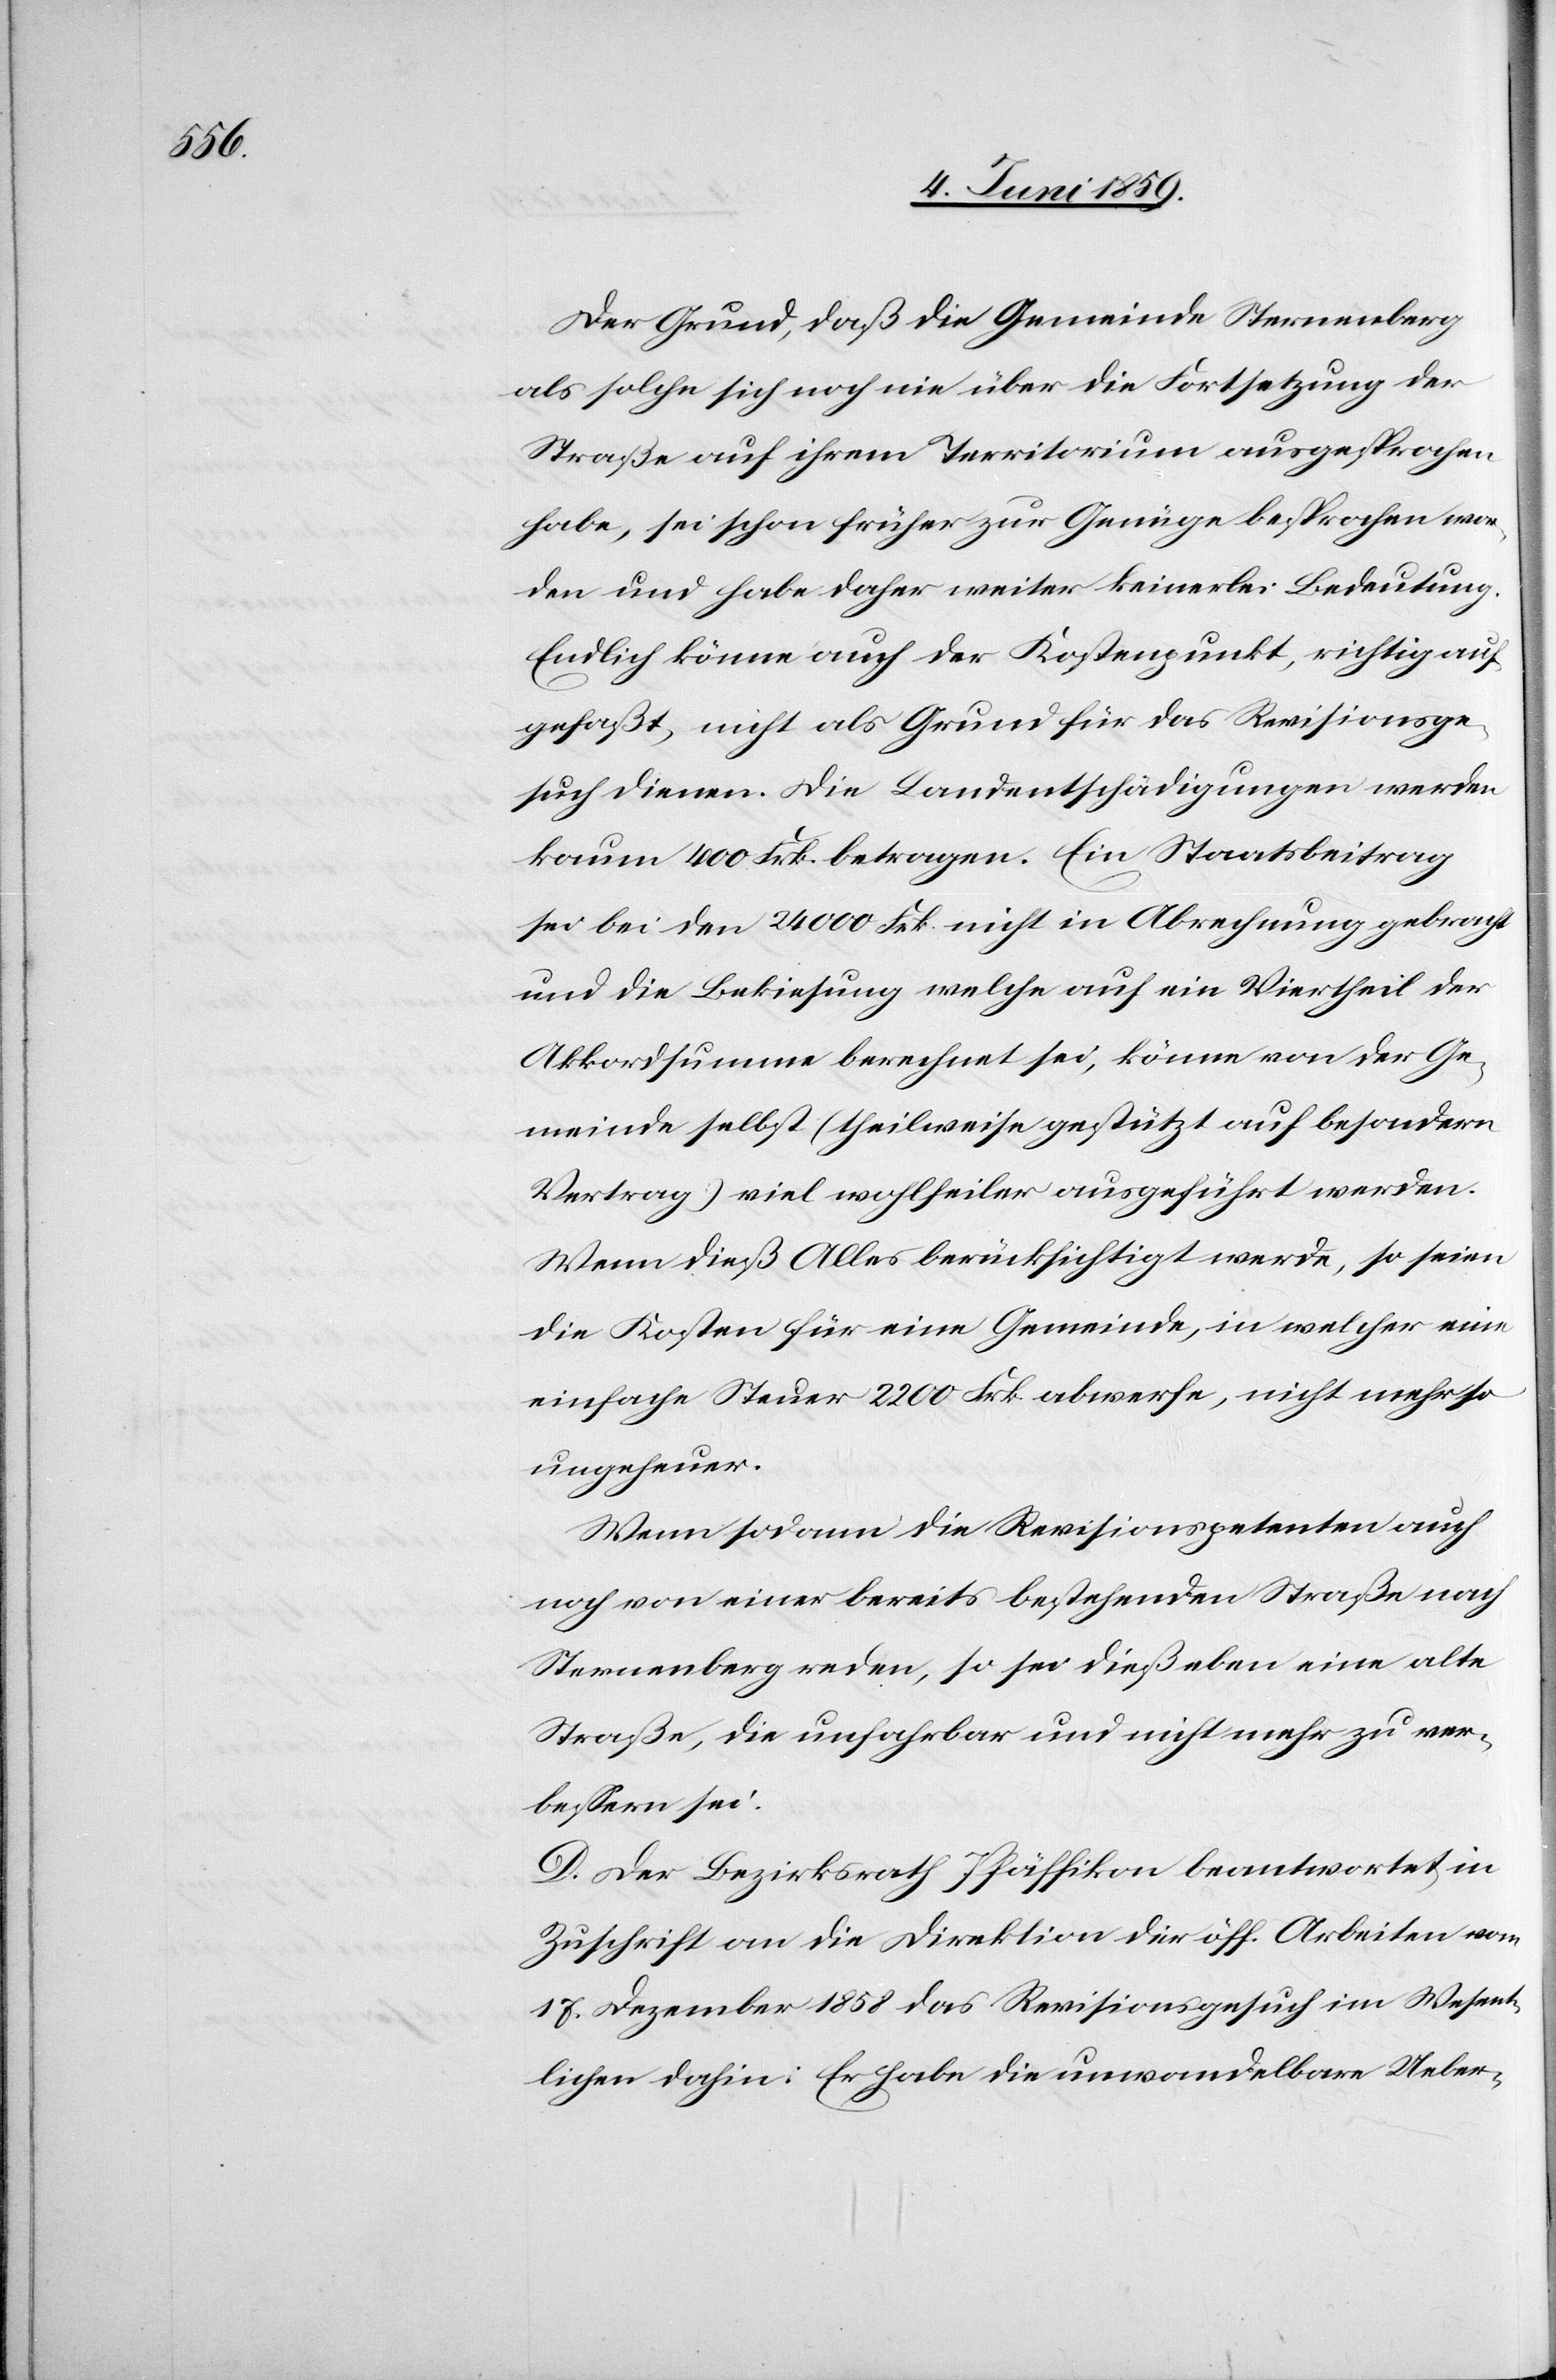
Der Grund, daß die Gemeinde Sternenberg
als solche sich noch nie über die Fortsetzung der
Straße auf ihrem Territorium ausgesprochen
habe, sei schon früher zur Genüge besprochen wor¬
den und habe daher weiter keinerlei Bedeutung.
Endlich könne auch der Kostenpunkt, richtig auf¬
gefaßt, nicht als Grund für das Revisionsge¬
such dienen. Die Landentschädigungen werden
kaum 400 Frk. betragen. Ein Staatsbeitrag
sei bei den 24 000 Frk. nicht in Abrechnung gebracht
und die Bekiesung welche auf ein Viertheil der
Akkordsumme berechnet sei, könne von der Ge¬
meinde selbst (theilweise gestützt auf besondern
Vertrag) viel wohlfeiler ausgeführt werden.
Wenn dieß Alles berücksichtigt werde, so seien
die Kosten für eine Gemeinde, in welcher eine
einfache Steuer 2200 Frk abwerfe, nicht mehr so
ungeheuer.
Wenn sodann die Revisionspetenten auch
noch von einer bereits bestehenden Straße nach
Sternenberg reden, so sei dieß eben eine alte
Straße, die unfahrbar und nicht mehr zu ver¬
bessern sei.
D. Der Bezirksrath Pfäffikon beantwortet in
Zuschrift an die Direktion der öff. Arbeiten vom
17. Dezember 1858 das Revisionsgesuch im Wesent¬
liche dahin: Er habe die unwandelbare Ueber-